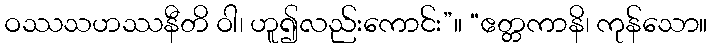
ဝဿသဟဿနီတိ ဝါ၊ ဟူ၍လည်းကောင်း”။ “ဧတ္တကာနိ၊ ကုန်သော။